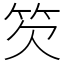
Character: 䇜